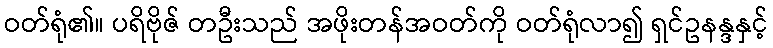
ဝတ်ရုံ၏။ ပရိဗိုဇ် တဦးသည် အဖိုးတန်အဝတ်ကို ဝတ်ရုံလာ၍ ရှင်ဥနန္ဒနှင့်